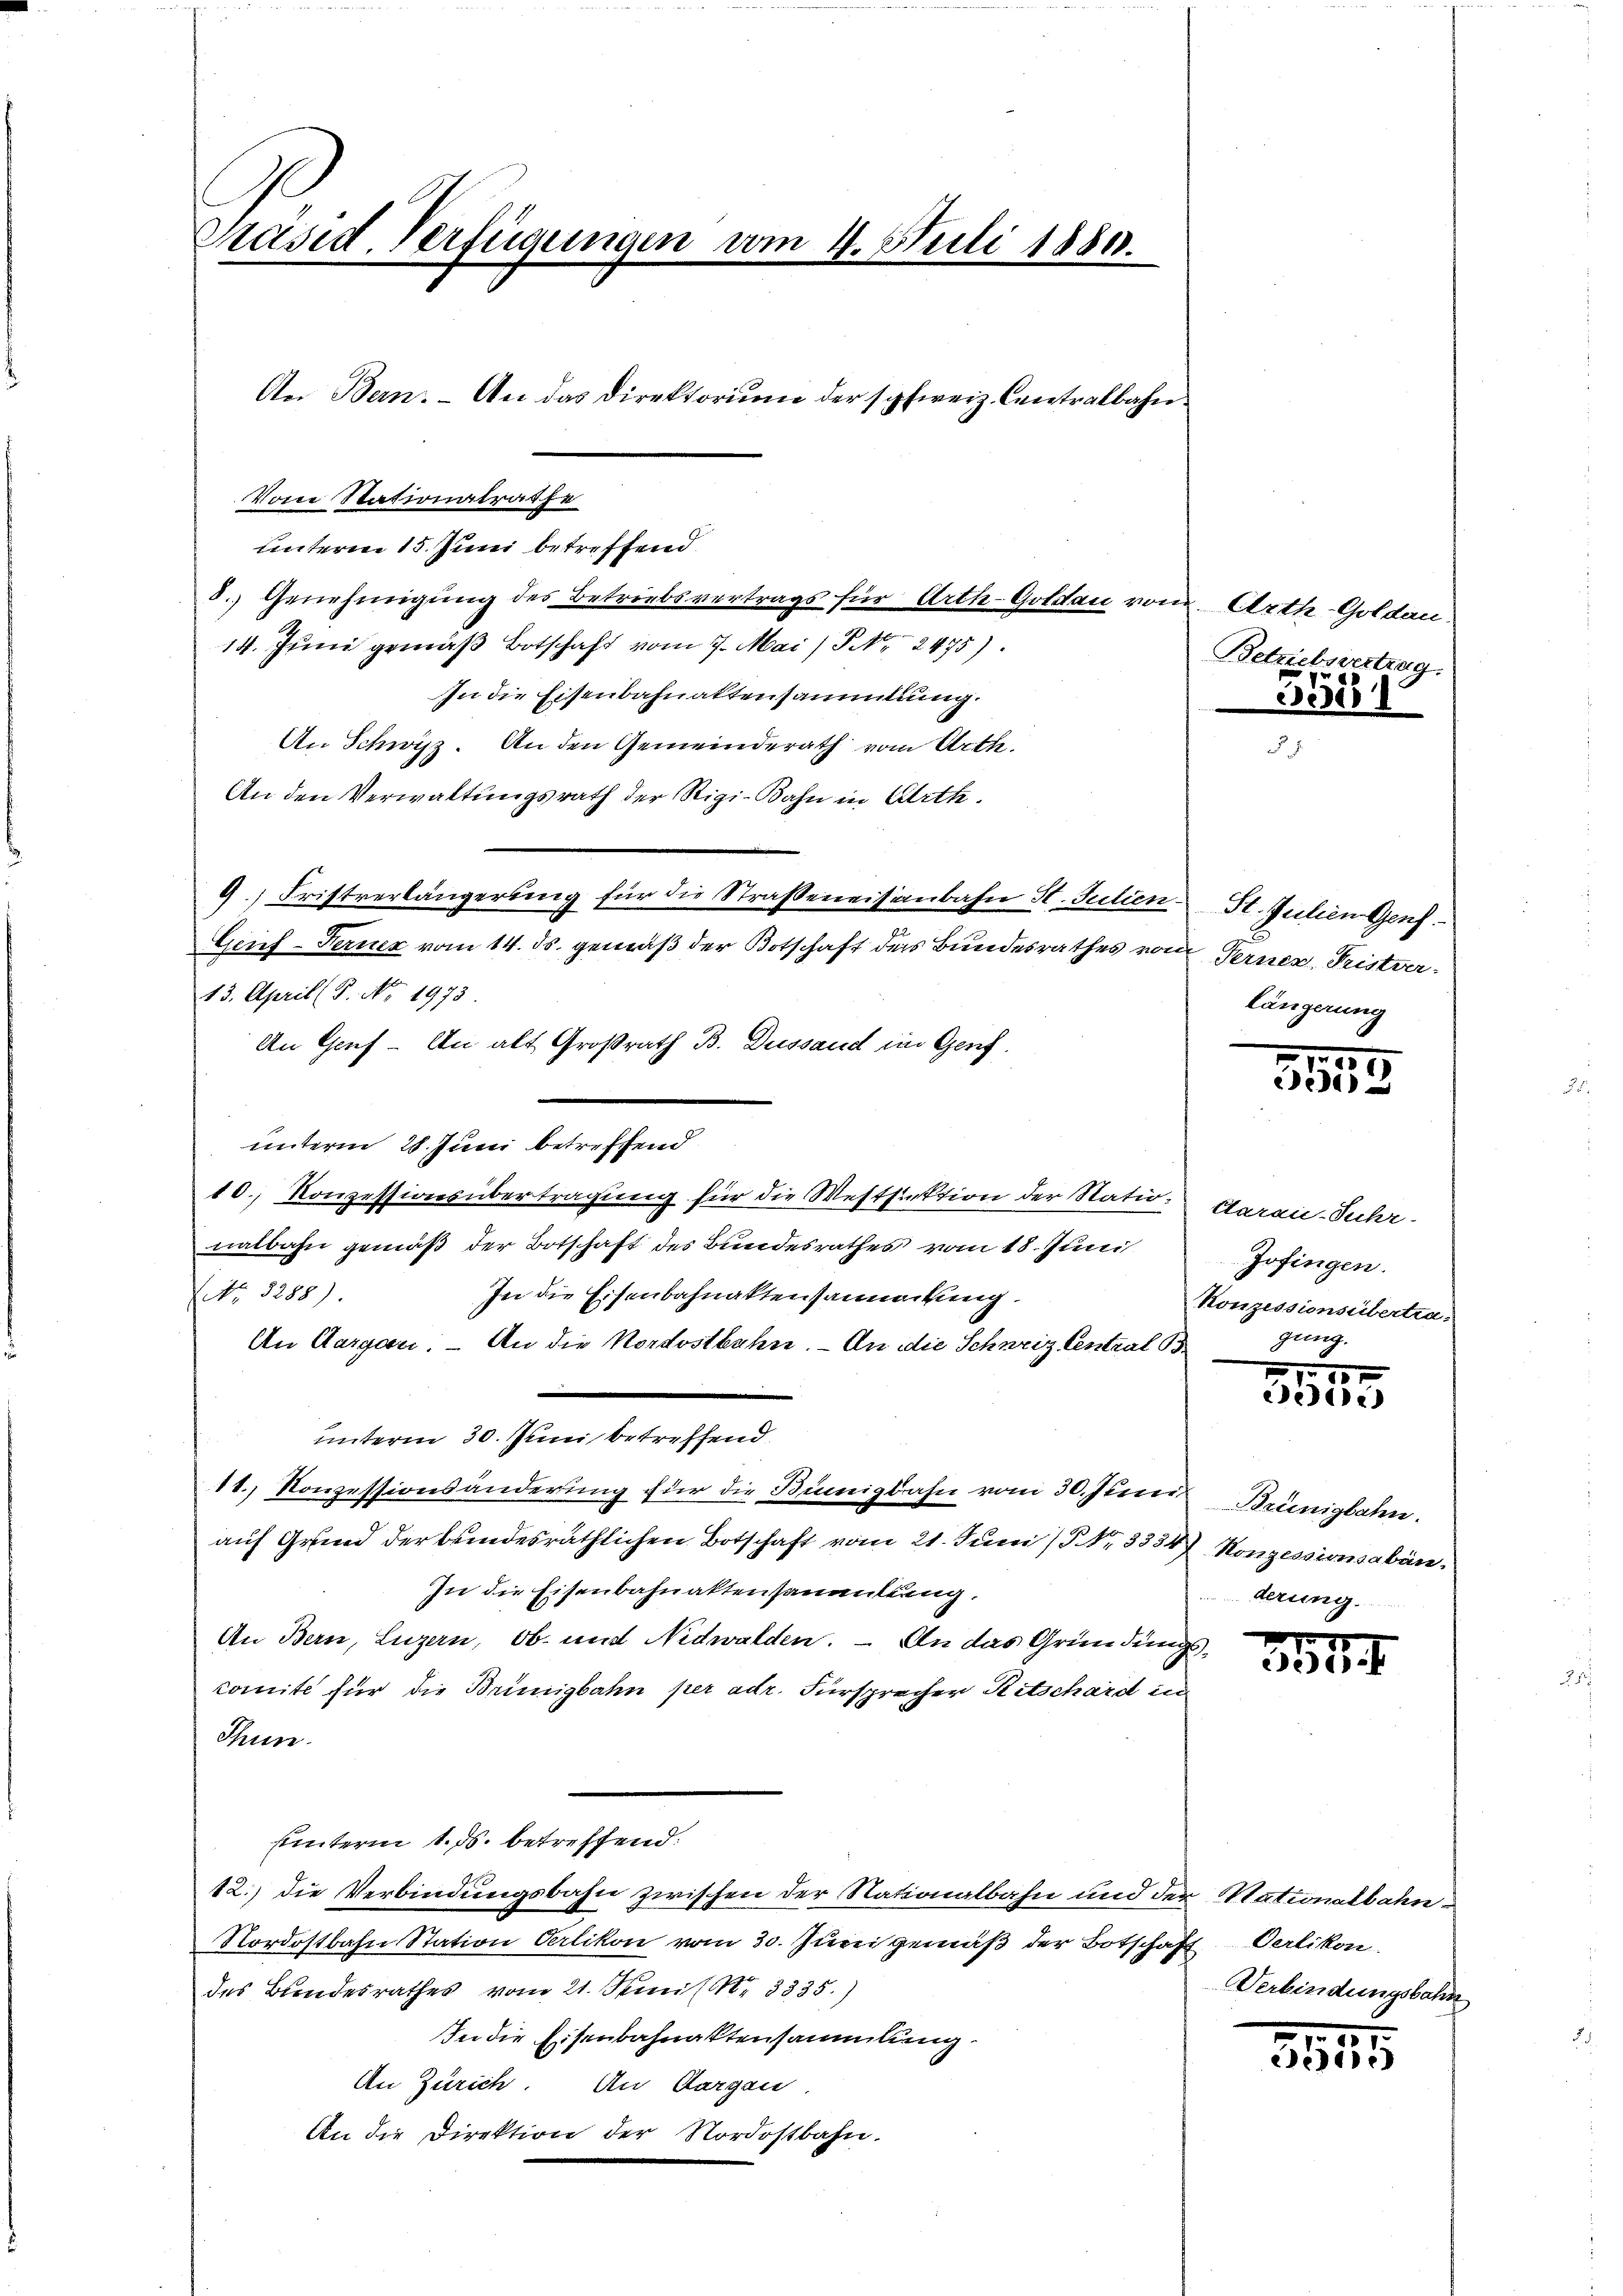
Präsid. Verfügungen vom 4. Juli 1880.

An Bern. An das Direktorium der schweiz. Centralbahn

Vom Stationalrathe
unterm 15. Juni betreffend
8.) Genehmigung des Betriebsvertrags für Arth-Goldau vom Arth-Goldau
14. Juni gemäß Botschaft vom 7. Mai/Pr. 2475).
In die Eisenbahnaktensammlung.
An Schwyz. An den Gemeinderath vom Arth.
An den Verwaltungsrath der Rigi-Bahn in Art.
9.) Fristverlängerung für die Straßeneisenbahn H. Julien St. Julien Genf
Geief-Ferner vom 14. ds. gemäß der Botschaft der Bundesrathes vom Ferner, Pristver¬
13. April (S. No. 1973
An Genf - An alt Großrath B. Dussand im Genf.
unterm 28. Juni betreffend
10., Konzessionsübertragung für die Westfiektion der Statio Carai-Juhr.
nalbahn gemäß der Botschaft des Bundesrathes vom 18. Juni
NNo. 3288).
In die Eisenbahnaktensammtung.
An Aargau. – An die Nordostbahn. - An die Schweiz Central Begung.
.
unterm 30. Juni, betreffend
11., Konzessionsänderung für die Bünigbahn vom 30. Junii,
auf Grund der bundesräthlichen Botschaft vom 21. Juni / Nr. 3334) Konzessionsabän¬
In die Eisenbahnaktensammlung.
An Bern, Luzern, ob und Nidwalden. – An das Gründungscomite für die Brünigbahn per adr. Fürsprecher Ritschard in
Thun.
uunterm 1. ds. betreffend:
12.) die Verbindungsbahn zwischen der Nationalbahn und der Nationalbahn¬
Nordostbahn Station Verlikon vom 30. Juni gemäß der Botschaft
des Bundesrathes vom 21. Juni l. N. 3335.)
In die Eisenbahnaktensammlung
An Zürich. An Aargau.
An die Direktion der Nordostbahn.

Betriebsvertrag.

152

längerung

157
e

Zofingen.
Konzessionsübertra-

1
e)

Brünigbahn.
derung.

3547.

Oerlikon.
Verbindungsbahn

3513